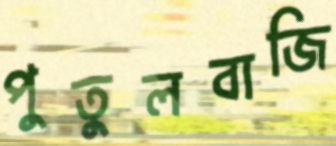
পুতুলবাজি